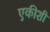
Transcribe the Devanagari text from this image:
एकीशी